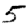
Digit: 5